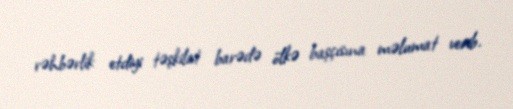
rəhbərlik etdiyi təşkilat barədə ölkə başçısına məlumat verib.